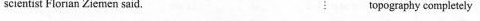
scientist Florian Zie men said. topography completely